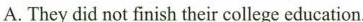
A. They did not finish their college education.